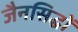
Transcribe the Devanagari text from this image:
जैनसिद्धों